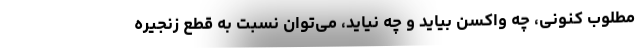
مطلوب کنونی، چه واکسن بیاید و چه نیاید، می‌توان نسبت به قطع زنجیره